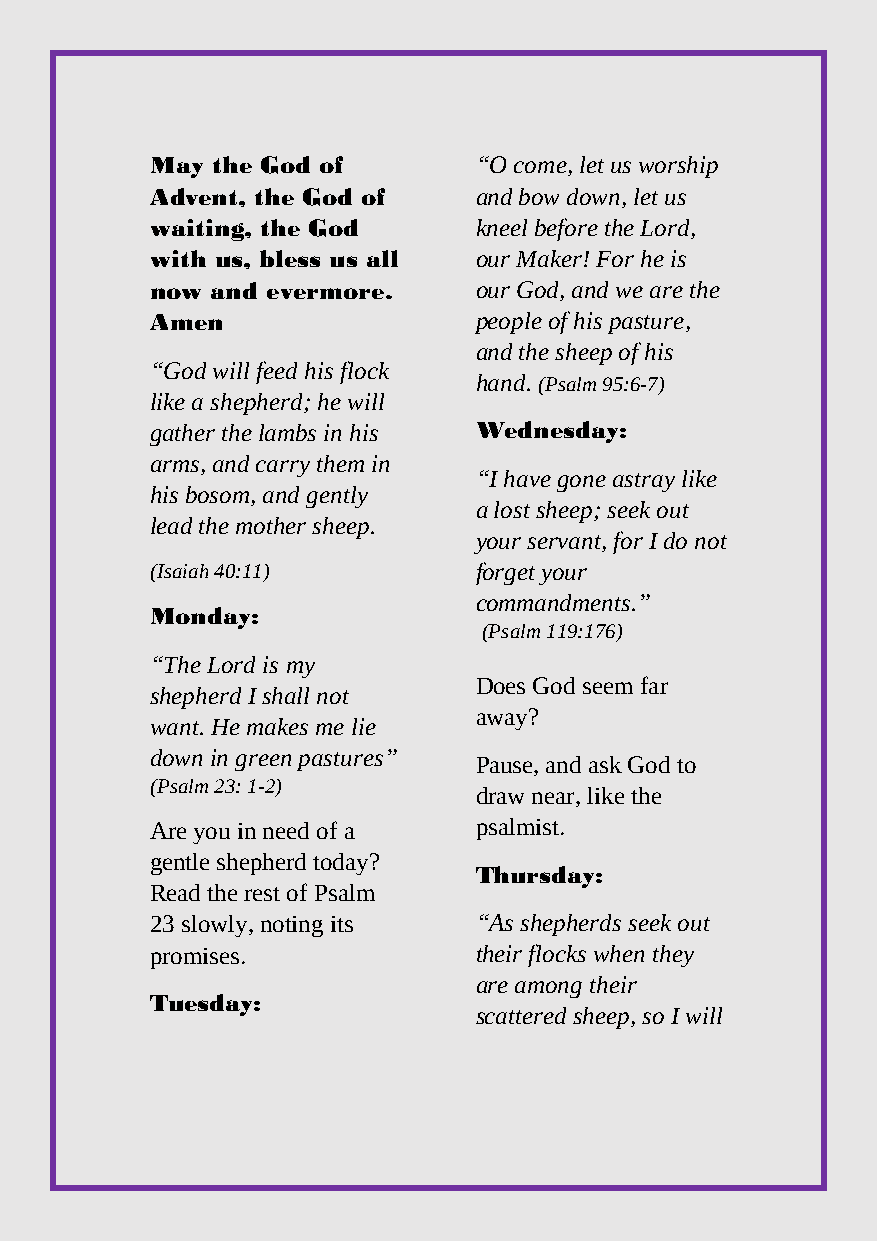
May the God of       “O come, let us worship
 Advent, the God of   and bow down, let us
 waiting, the God     kneel before the Lord,
 with us, bless us all our Maker! For he is
 now and evermore.    our God, and we are the
 Amen                 people of his pasture,
 and the sheep of his
 “God will feed his flock
 hand. (Psalm 95:6-7)
 like a shepherd; he will
 gather the lambs in his Wednesday:
 arms, and carry them in
 “I have gone astray like
 his bosom, and gently
 a lost sheep; seek out
 lead the mother sheep.
 your servant, for I do not
 (Isaiah 40:11)       forget your
 commandments.”
 Monday:
 (Psalm 119:176)
 “The Lord is my
 Does God seem far
 shepherd I shall not
 away?
 want. He makes me lie
 down in green pastures”
 Pause, and ask God to
 (Psalm 23: 1-2)
 draw near, like the
 Are you in need of a psalmist.
 gentle shepherd today?
 Thursday:
 Read the rest of Psalm
 23 slowly, noting its “As shepherds seek out
 promises.            their flocks when they
 are among their
 Tuesday:
 scattered sheep, so I will